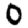
Digit: 0